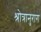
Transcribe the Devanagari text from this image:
श्रोत्रानुराग